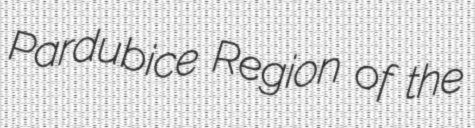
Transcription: Pardubice Region of the